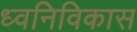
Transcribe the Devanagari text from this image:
ध्वनिविकास